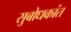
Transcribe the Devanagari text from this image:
सुबोधकांत